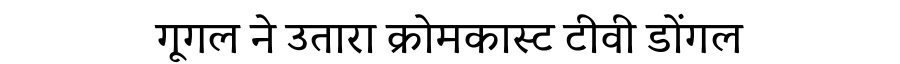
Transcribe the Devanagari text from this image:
गूगल ने उतारा क्रोमकास्ट टीवी डोंगल